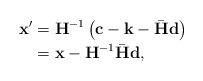
LaTeX: \begin{align*}\mathbf x' &= {\mathbf H}^{-1}\left( \mathbf c- \mathbf k - \bar{\mathbf H} \mathbf d\right) \\ & = \mathbf x -{\mathbf H}^{-1}\bar{\mathbf H} \mathbf d,\end{align*}